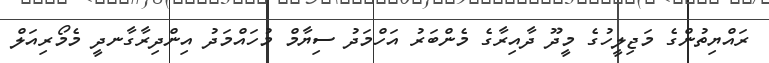
ރައްޔިތުންގެ މަޖިލީހުގެ މީދޫ ދާއިރާގެ މެންބަރު އަހްމަދު ސިޔާމް މުހައްމަދު އިންދިރާގާނދީ މެމޯރިއަލް